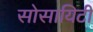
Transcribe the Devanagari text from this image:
सोसायिटी